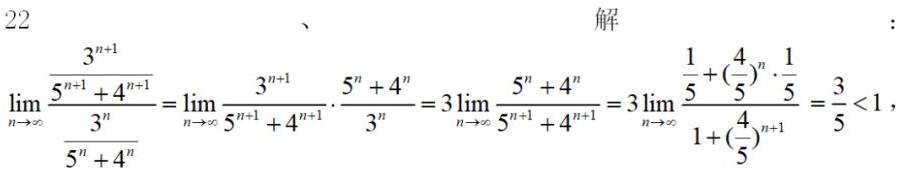
\[
\lim_{n \to \infty} \frac{\frac{3^{n + 1}}{5^{n + 1} + 4^{n + 1}}}{\frac{3^{n}}{5^{n} + 4^{n}}} = \lim_{n \to \infty} \frac{3^{n + 1}}{5^{n + 1} + 4^{n + 1}} \cdot \frac{5^{n} + 4^{n}}{3^{n}} = 3\lim_{n \to \infty} \frac{5^{n} + 4^{n}}{5^{n + 1} + 4^{n + 1}} = 3\lim_{n \to \infty} \frac{\frac{1}{5} + (\frac{4}{5})^{n} \cdot \frac{1}{5}}{1 + (\frac{4}{5})^{n + 1}} = \frac{3}{5} < 1
\]